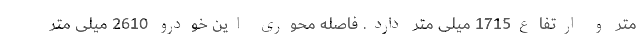
متر و ارتفاع1715 میلی متر دارد. فاصله محوری این خودرو 2610 میلی متر